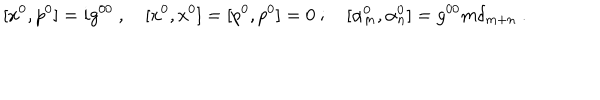
[ x ^ { 0 } , p ^ { 0 } ] = i g ^ { 0 0 } ~ , \quad [ x ^ { 0 } , x ^ { 0 } ] = [ p ^ { 0 } , p ^ { 0 } ] = 0 ~ ; \quad [ \alpha _ { m } ^ { 0 } , \alpha _ { n } ^ { 0 } ] = g ^ { 0 0 } m \delta _ { m + n } ~ .